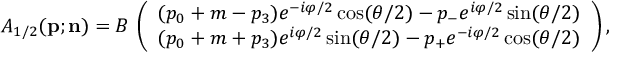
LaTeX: A _ { 1 / 2 } ( { \bf p } ; { \bf n } ) = B \, \left( \begin{array} { c c c } { { ( p _ { 0 } + m - p _ { 3 } ) e ^ { - i \varphi / 2 } \cos ( { \theta } / 2 ) - p _ { - } e ^ { i \varphi / 2 } \sin ( { \theta } / 2 ) } } \\ { { ( p _ { 0 } + m + p _ { 3 } ) e ^ { i \varphi / 2 } \sin ( { \theta } / 2 ) - p _ { + } e ^ { - i \varphi / 2 } \cos ( { \theta } / 2 ) } } \end{array} \right) ,